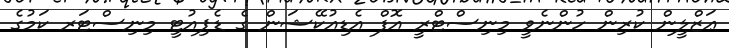
ޢަޒްލީން ކުރިން ހުންނެވީ މިނިސްޓްރީ އޮފް އެޑިއުކޭޝަން ގެ ޑެޕިއުޓީ މިނިސްޓަރ ކަމުގެ